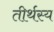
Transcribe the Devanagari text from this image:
तीर्थस्य